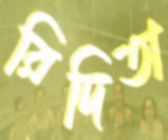
রিদিতা